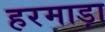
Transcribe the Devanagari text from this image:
हरमाड़ा